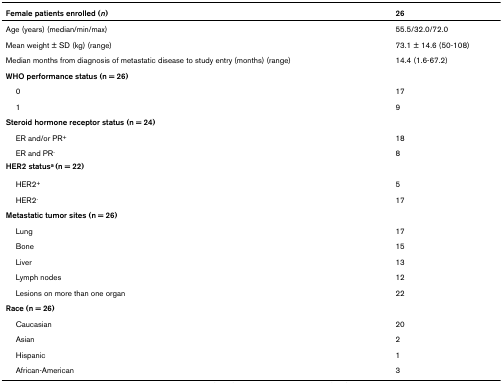
<table><thead><tr><td><b>Female patients enrolled (<i>n</i>)</b></td><td><b>26</b></td></tr></thead><tbody><tr><td>Age (years) (median/min/max)</td><td>55.5/32.0/72.0</td></tr><tr><td>Mean weight ± SD (kg) (range)</td><td>73.1 ± 14.6 (50-108)</td></tr><tr><td>Median months from diagnosis of metastatic disease to study entry (months) (range)</td><td>14.4 (1.6-67.2)</td></tr><tr><td><b>WHO performance status (n = 26)</b></td><td></td></tr><tr><td> 0</td><td>17</td></tr><tr><td> 1</td><td>9</td></tr><tr><td><b>Steroid hormone receptor status (n = 24)</b></td><td></td></tr><tr><td> ER and/or PR<sup>+</sup></td><td>18</td></tr><tr><td> ER and PR<sup>-</sup></td><td>8</td></tr><tr><td><b>HER2 status<sup>a </sup>(n = 22)</b></td><td></td></tr><tr><td> HER2<sup>+</sup></td><td>5</td></tr><tr><td> HER2<sup>-</sup></td><td>17</td></tr><tr><td><b>Metastatic tumor sites (n = 26)</b></td><td></td></tr><tr><td> Lung</td><td>17</td></tr><tr><td> Bone</td><td>15</td></tr><tr><td> Liver</td><td>13</td></tr><tr><td> Lymph nodes</td><td>12</td></tr><tr><td> Lesions on more than one organ</td><td>22</td></tr><tr><td><b>Race (n = 26)</b></td><td></td></tr><tr><td> Caucasian</td><td>20</td></tr><tr><td> Asian</td><td>2</td></tr><tr><td> Hispanic</td><td>1</td></tr><tr><td> African-American</td><td>3</td></tr></tbody></table>